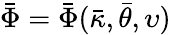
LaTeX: \bar{\Phi}=\bar{\Phi}(\bar{\kappa},\bar{\theta},\upsilon)